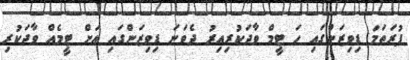
ފުރަތަމަ ޑިވިޒަންގައި ހަ ޓީމް ވާދަކުރިއިރު ދެވަނަ ޑިވިޒަންގައި އަށް ޓީމެއް ވާދަކުރި